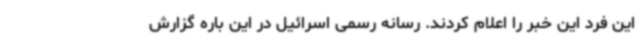
این فرد این خبر را اعلام کردند. رسانه رسمی اسرائیل در این باره گزارش